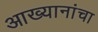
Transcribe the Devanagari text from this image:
आख्यानांचा